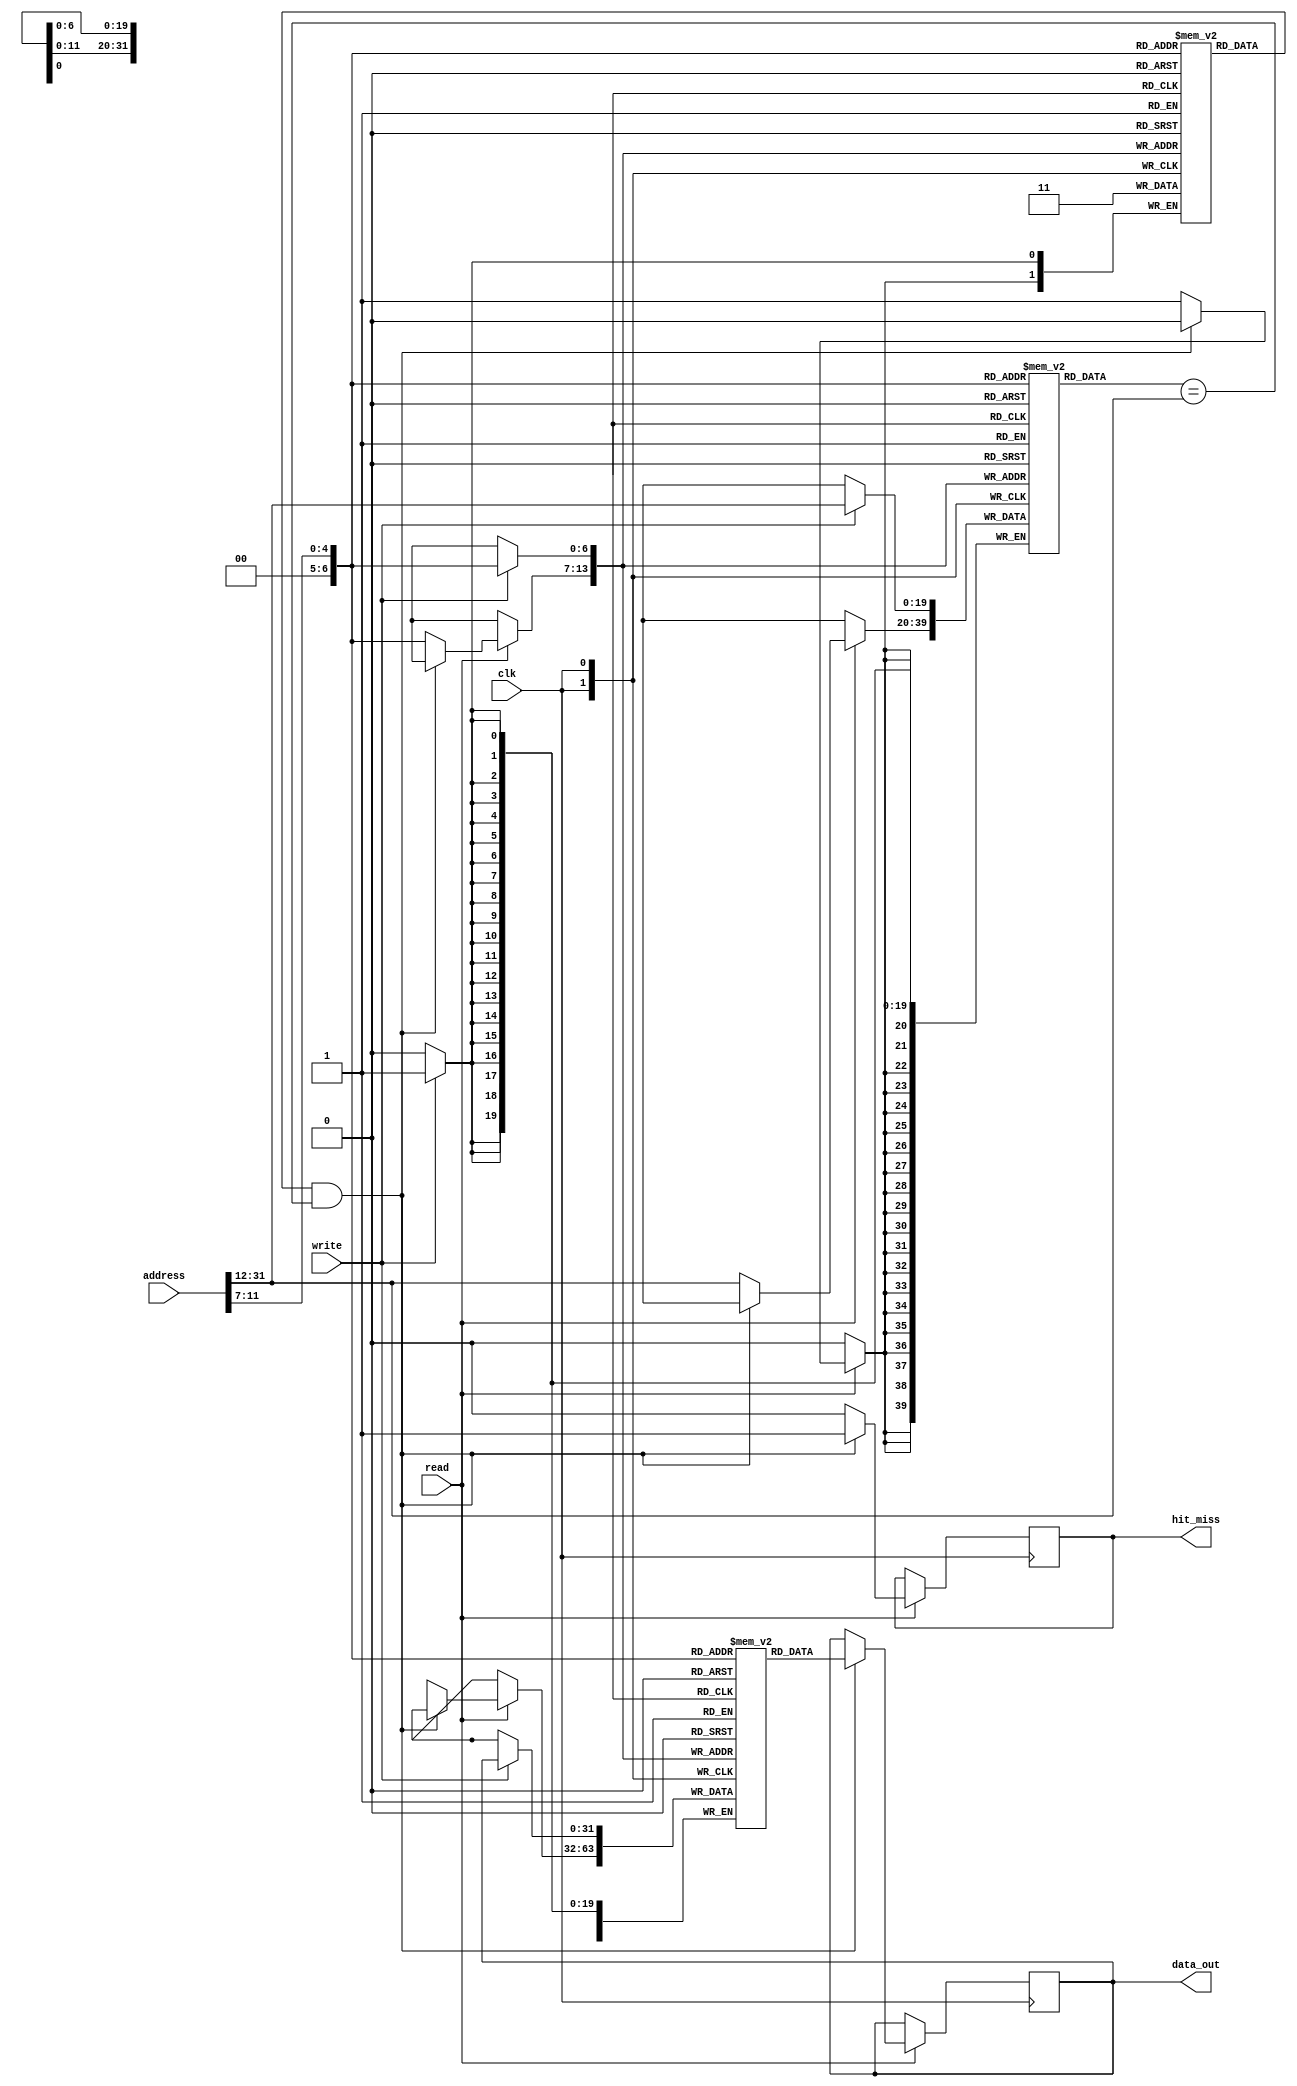
module InstructionCache #(
    parameter CACHE_SIZE = 4096, // 4 KB
    parameter BLOCK_SIZE = 32,     // 32 Bytes
    parameter NUM_SETS = CACHE_SIZE / BLOCK_SIZE,
    parameter TAG_WIDTH = 20       // Adjust based on address width
)(
    input wire [31:0] address,     // Instruction address
    input wire read,                // Read control signal
    input wire write,               // Write control signal
    input wire clk,                 // Clock signal
    output reg [BLOCK_SIZE-1:0] data_out, // Data output
    output reg hit_miss             // Hit/Miss signal
);

    // Cache structure
    reg [BLOCK_SIZE-1:0] cache_data [0:NUM_SETS-1]; // Cache data array
    reg [TAG_WIDTH-1:0] tag_array [0:NUM_SETS-1];   // Tag array
    reg valid_bits [0:NUM_SETS-1];                   // Valid bits
    reg dirty_bits [0:NUM_SETS-1];                   // Dirty bits (optional)

    wire [TAG_WIDTH-1:0] tag;                         // Tag from address
    wire [log2(NUM_SETS)-1:0] index;                 // Index from address
    wire [BLOCK_SIZE-1:0] block_data;                 // Data block

    // Extract tag and index from address
    assign tag = address[31:12];                      // Adjust based on address width
    assign index = address[11:log2(NUM_SETS)];       // Adjust based on address width

    // Cache read operation
    always @(posedge clk) begin
        if (read) begin
            if (valid_bits[index] && (tag_array[index] == tag)) begin
                // Cache hit
                data_out <= cache_data[index];
                hit_miss <= 1'b1;
            end else begin
                // Cache miss
                hit_miss <= 1'b0;
                // Fetch from main memory (not implemented here)
                // Assume block_data is fetched from memory
                cache_data[index] <= block_data; // Load fetched data into cache
                tag_array[index] <= tag;          // Update tag
                valid_bits[index] <= 1'b1;        // Mark as valid
            end
        end
    end

    // Cache write operation
    always @(posedge clk) begin
        if (write) begin
            cache_data[index] <= data_out; // Write data to cache
            tag_array[index] <= tag;        // Update tag
            valid_bits[index] <= 1'b1;      // Mark as valid
            dirty_bits[index] <= 1'b1;      // Mark as dirty (if using write-back)
        end
    end

    // Function to calculate log2
    function integer log2;
        input integer value;
        begin
            log2 = 0;
            while (2**log2 < value) begin
                log2 = log2 + 1;
            end
        end
    endfunction

endmodule